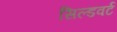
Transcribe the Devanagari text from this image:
सिल्डवर्ट